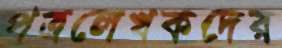
পত্রলেখকদের